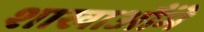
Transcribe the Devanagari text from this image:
शाखाऔंमे